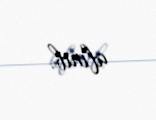
alınıb.